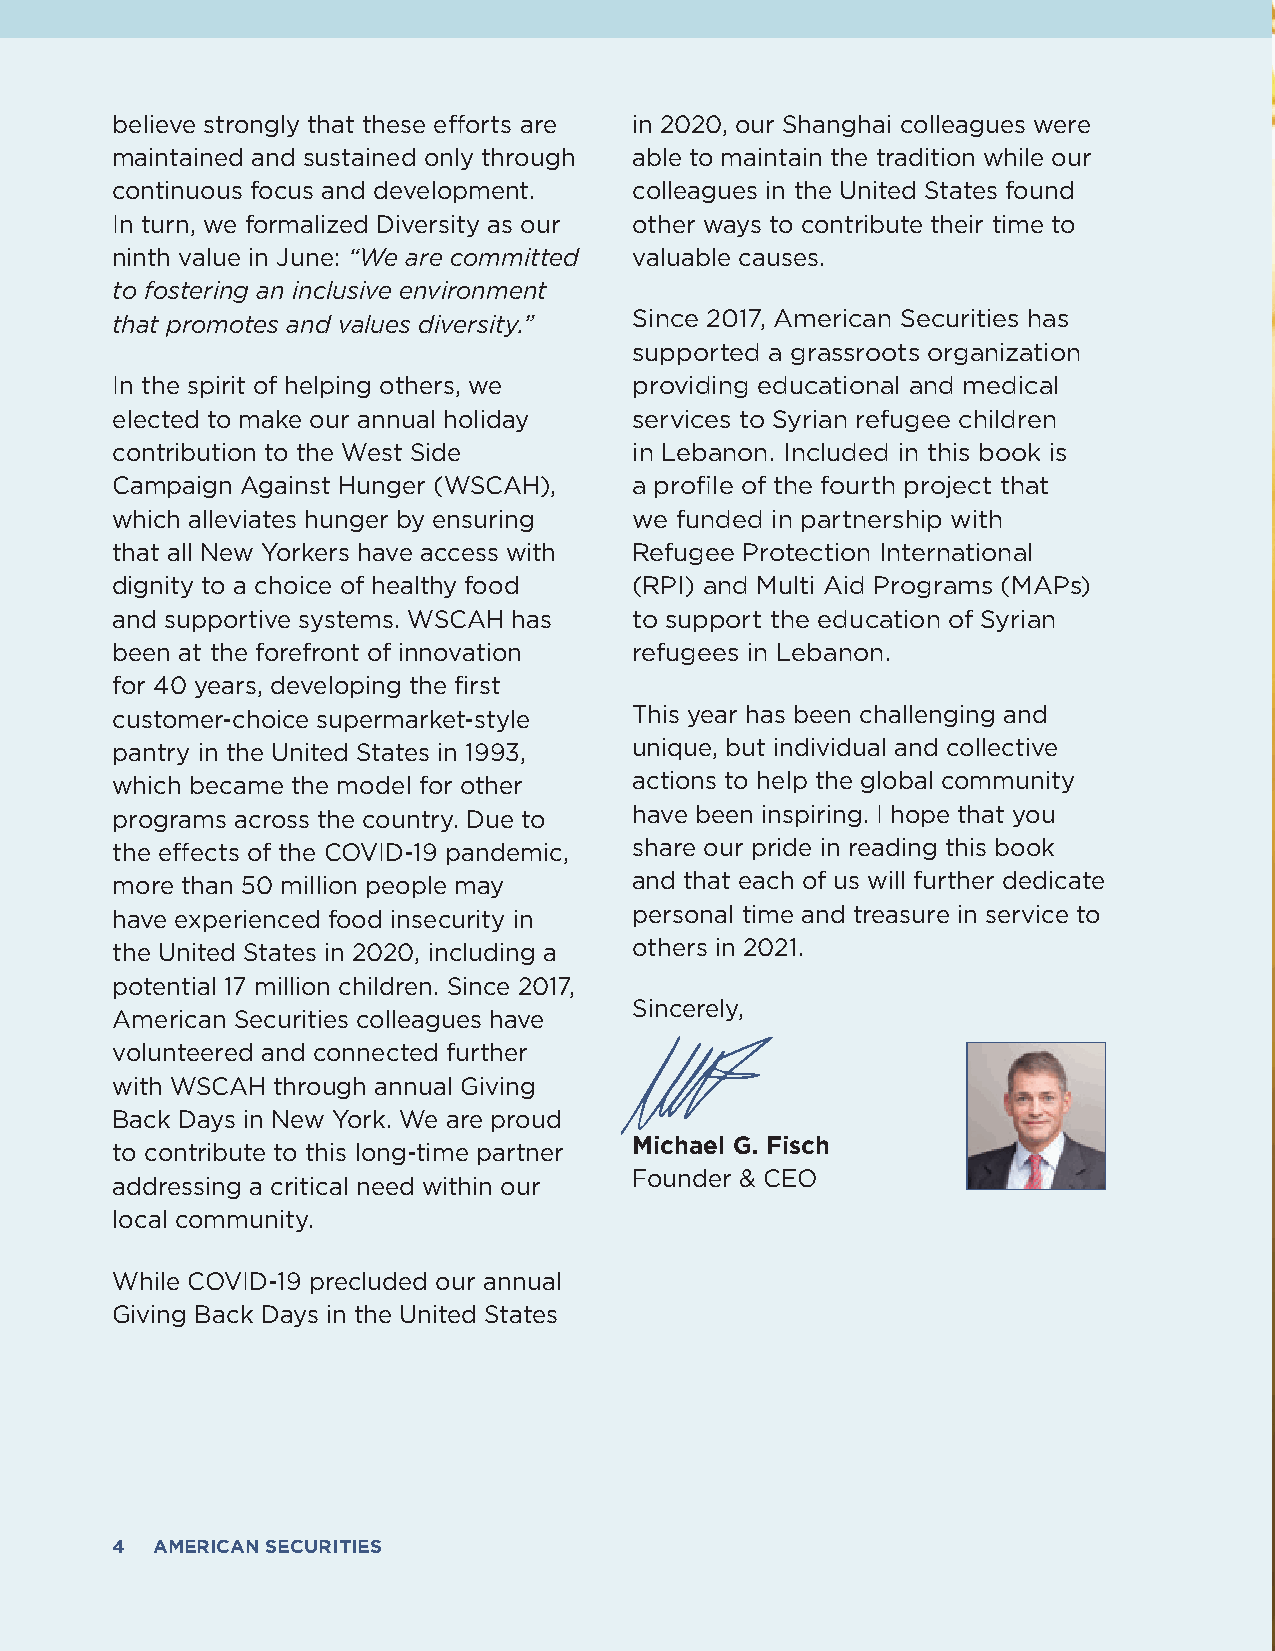
believe strongly that these efforts are in 2020, our Shanghai colleagues were
 maintained and sustained only through able to maintain the tradition while our
 continuous focus and development.  colleagues in the United States found
 In turn, we formalized Diversity as our other ways to contribute their time to
 ninth value in June: “We are committed valuable causes.
 to fostering an inclusive environment
 that promotes and values diversity.” Since 2017, American Securities has
 supported a grassroots organization
 In the spirit of helping others, we providing educational and medical
 elected to make our annual holiday services to Syrian refugee children
 contribution to the West Side      in Lebanon. Included in this book is
 Campaign Against Hunger (WSCAH),   a profile of the fourth project that
 which alleviates hunger by ensuring we funded in partnership with
 that all New Yorkers have access with Refugee Protection International
 dignity to a choice of healthy food (RPI) and Multi Aid Programs (MAPs)
 and supportive systems. WSCAH has  to support the education of Syrian
 been at the forefront of innovation refugees in Lebanon.
 for 40 years, developing the first
 customer-choice supermarket-style  This year has been challenging and
 pantry in the United States in 1993, unique, but individual and collective
 which became the model for other   actions to help the global community
 programs across the country. Due to have been inspiring. I hope that you
 the effects of the COVID-19 pandemic, share our pride in reading this book
 more than 50 million people may    and that each of us will further dedicate
 have experienced food insecurity in personal time and treasure in service to
 the United States in 2020, including a others in 2021.
 potential 17 million children. Since 2017,
 Sincerely,
 American Securities colleagues have
 volunteered and connected further
 with WSCAH through annual Giving
 Back Days in New York. We are proud
 to contribute to this long-time partner Michael G. Fisch
 Founder & CEO
 addressing a critical need within our
 local community.
 While COVID-19 precluded our annual
 Giving Back Days in the United States
 4  AMERICAN SECURITIES